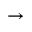
\rightarrow